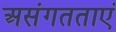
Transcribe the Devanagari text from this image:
असंगतताएं